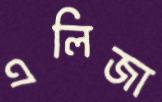
এলিজা